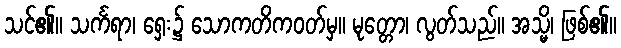
သင်၏။ သင်္ကရာ၊ ရှေး၌ သောကတိကဝတ်မှ။ မုတ္တော၊ လွတ်သည်။ အသ္မိ၊ ဖြစ်၏။